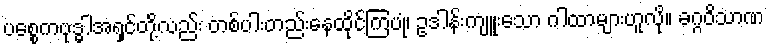
ပစ္စေကဗုဒ္ဓါအရှင်တို့လည်း တစ်ပါးတည်းနေထိုင်ကြပုံ၊ ဥဒါန်းကျူးသော ဂါထာများဟူလို။ ခဂ္ဂဝိသာဏ